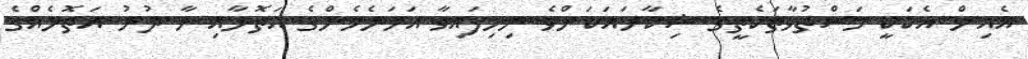
އެއިން އެކަކީ މަސްތުވާތަކެތީގެ ޝިކާރައަކަށްވެ ނިމިފައިވާ އަހަރެމެންގެ އަތޮޅާއި މާ ދުރު އަތޮޅެއްގެ